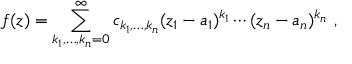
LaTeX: f ( z ) = \sum _ { k _ { 1 } , \dots , k _ { n } = 0 } ^ { \infty } c _ { k _ { 1 } , \dots , k _ { n } } ( z _ { 1 } - a _ { 1 } ) ^ { k _ { 1 } } \cdots ( z _ { n } - a _ { n } ) ^ { k _ { n } } \ ,